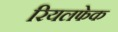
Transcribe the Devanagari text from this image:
रियलफेक